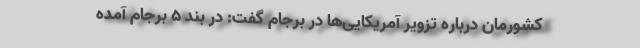
کشورمان درباره تزویر آمریکایی‌ها در برجام گفت: در بند ۵ برجام آمده